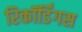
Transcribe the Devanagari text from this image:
रिकॉर्डिंगस